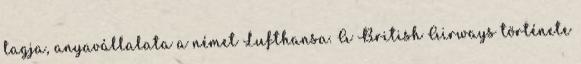
tagja, anyavállalata a német Lufthansa. A British Airways története